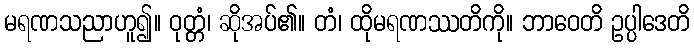
မရဏသညာဟူ၍။ ဝုတ္တံ၊ ဆိုအပ်၏။ တံ၊ ထိုမရဏဿတိကို။ ဘာဝေတိ ဥပ္ပါဒေတိ